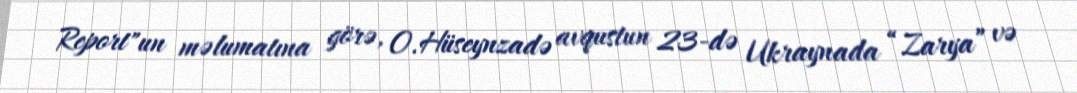
Report"un məlumatına görə, O.Hüseynzadə avqustun 23-də Ukraynada “Zarya” və